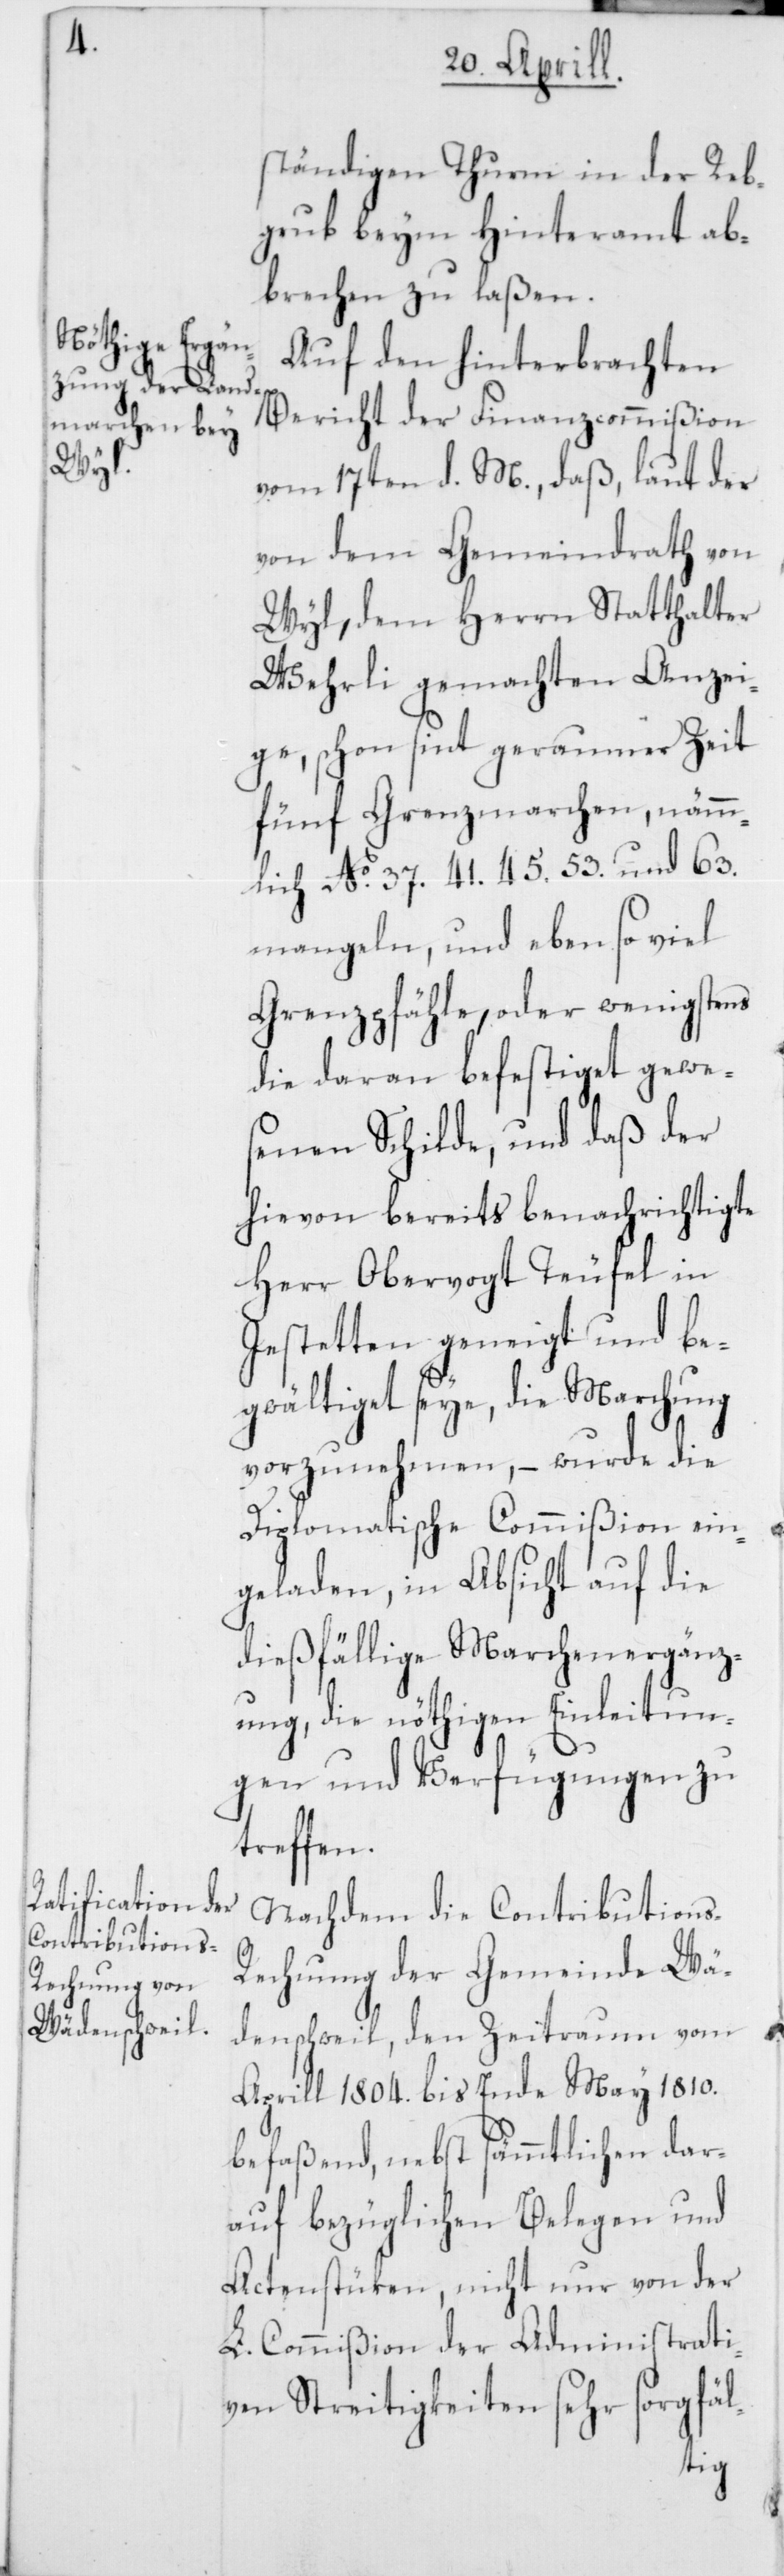
ständigen Thurm in der Reb¬
grub beym Hinteramt ab¬
brechen zu laßen.
Auf den hinterbrachten
Bericht der Finanzcommißion
vom 17ten d. M., daß, laut der
von dem Gemeindrath von
Wyl, dem Herrn Statthalter
Wehrli gemachten Anzei¬
ge, schon sint geraumer Zeit
fünf Grenzmarchen, nämm¬
lich No. 37. 41. 45. 53. und 63.
mangeln, und eben so viel
Grenzpfähle, oder wenigstens
die daran befestiget gewe¬
senen Schilde, und daß der
hievon bereits benachrichtigte
Herr Obervogt Teufel in
Jestetten geneigt und be¬
gwältiget seye, die Marchung
vorzunehmen, – wurde die
Diplomatische Commißion ein¬
geladen, in Absicht auf die
dießfällige Marchenergänz¬
ung, die nöthigen Einleitun¬
gen und Verfügungen zu
treffen.
Nachdem die Contribution¬
s-R¬
echnung der Gemeinde Wä¬
denschweil, den Zeitraum von
Aprill 1804. bis Ende May 1810.
befaßend, nebst sämmtlichen dar¬
auf bezüglichen Belegen und
Actenstüken, nicht nur von der
L. Commißion der Administrati¬
ven Streitigkeiten sehr sorgfäl-